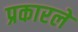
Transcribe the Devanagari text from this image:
प्रकारले